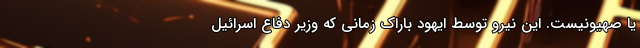
یا صهیونیست. این نیرو توسط ایهود باراک زمانی که وزیر دفاع اسرائیل